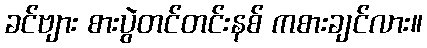
ခင်ဗျား စားပွဲတင်တင်းနစ် ကစားချင်လား။